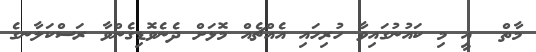
މާތް  އީ މި ކައުނުގައިވާ ހުރިހައި އެއްޗެއް މޮޅަށް ދެނެވޮޑިގެންވާ ރަސްކަލާނގެ